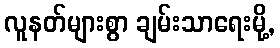
လူနတ်များစွာ ချမ်းသာရေးမို့,